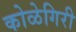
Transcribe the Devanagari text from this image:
कोळेगिरी